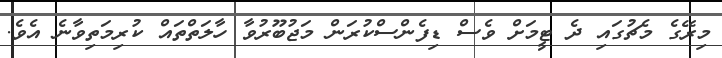
މިރޭގެ މެޗުގައި ދެ ޓީމަށް ވެސް ޑިފެންސްކުރަން މަޖުބޫރުވާ ހާލަތްތައް ކުރިމަތިވާނެ އެވެ.